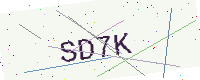
Text: SD7K